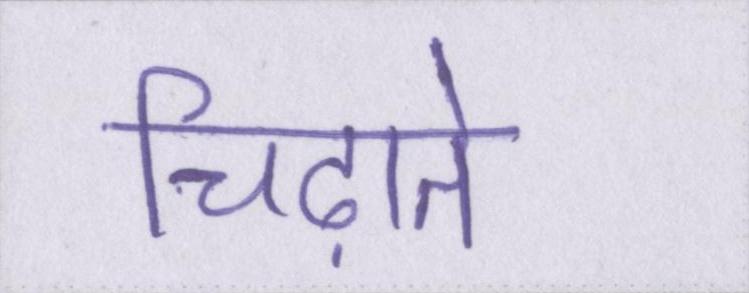
चिढ़ाते